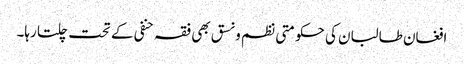
افغان طالبان کی حکومتی نظم و نسق بھی فقہ حنفی کے تحت چلتا رہا۔